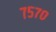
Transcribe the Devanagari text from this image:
७५७०